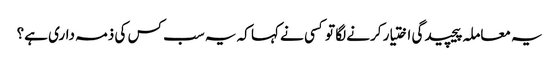
یہ معاملہ پیچیدگی اختیار کرنے لگا تو کسی نے کہا کہ یہ سب کس کی ذمہ داری ہے؟